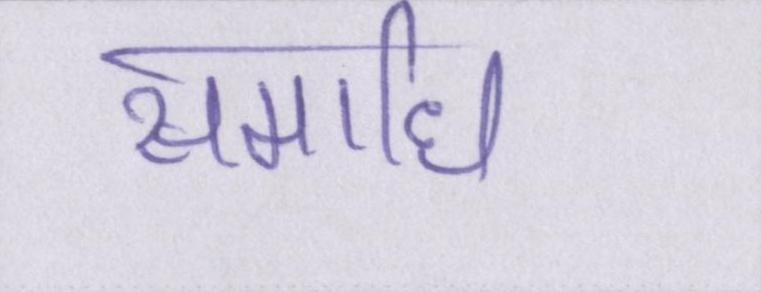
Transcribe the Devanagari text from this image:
समाधि